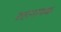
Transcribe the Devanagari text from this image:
रसनायक